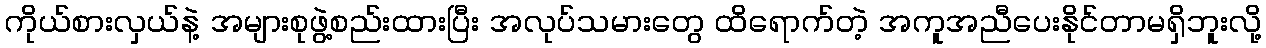
ကိုယ်စားလှယ်နဲ့ အများစုဖွဲ့စည်းထားပြီး အလုပ်သမားတွေ ထိရောက်တဲ့ အကူအညီပေးနိုင်တာမရှိဘူးလို့